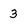
Character: 3